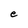
Character: e